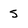
Character: 5